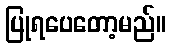
ပြုရပေတော့မည်။